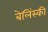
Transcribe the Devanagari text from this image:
बेलिंस्की